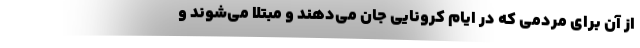
از آن برای مردمی که در ایام کرونایی جان می‌دهند و مبتلا می‌شوند و